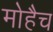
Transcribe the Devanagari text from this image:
मोहैच